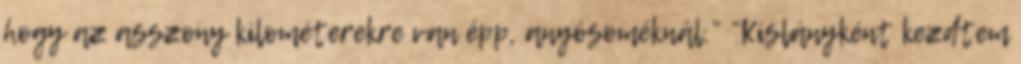
hogy az asszony kilométerekre van épp, anyósoméknál.” “Kislányként kezdtem